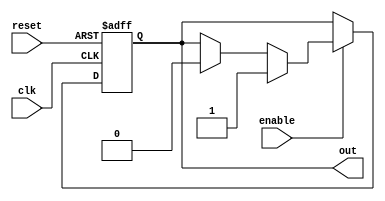
module IO_Block (
    input wire clk,
    input wire reset,
    input wire enable,
    output reg out
);

reg pull_up;
reg pull_down;

always @(posedge clk or posedge reset) begin
    if (reset)
        out <= 1'b0;
    else if (enable) begin
        if (pull_up)
            out <= 1'b1;
        else if (pull_down)
            out <= 1'b0;
    end
end

// Protection circuitry and tri-state control logic can be added here

endmodule